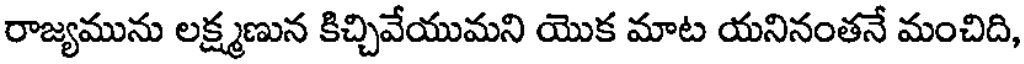
రాజ్యమును లక్ష్మణున కిచ్చివేయుమని యొక మాట యనినంతనే మంచిది,